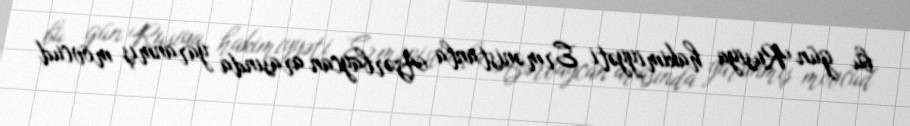
bu gün Rusiya hakimiyyəti Ermənistanla Azərbaycan arasında yaranmış mövcud